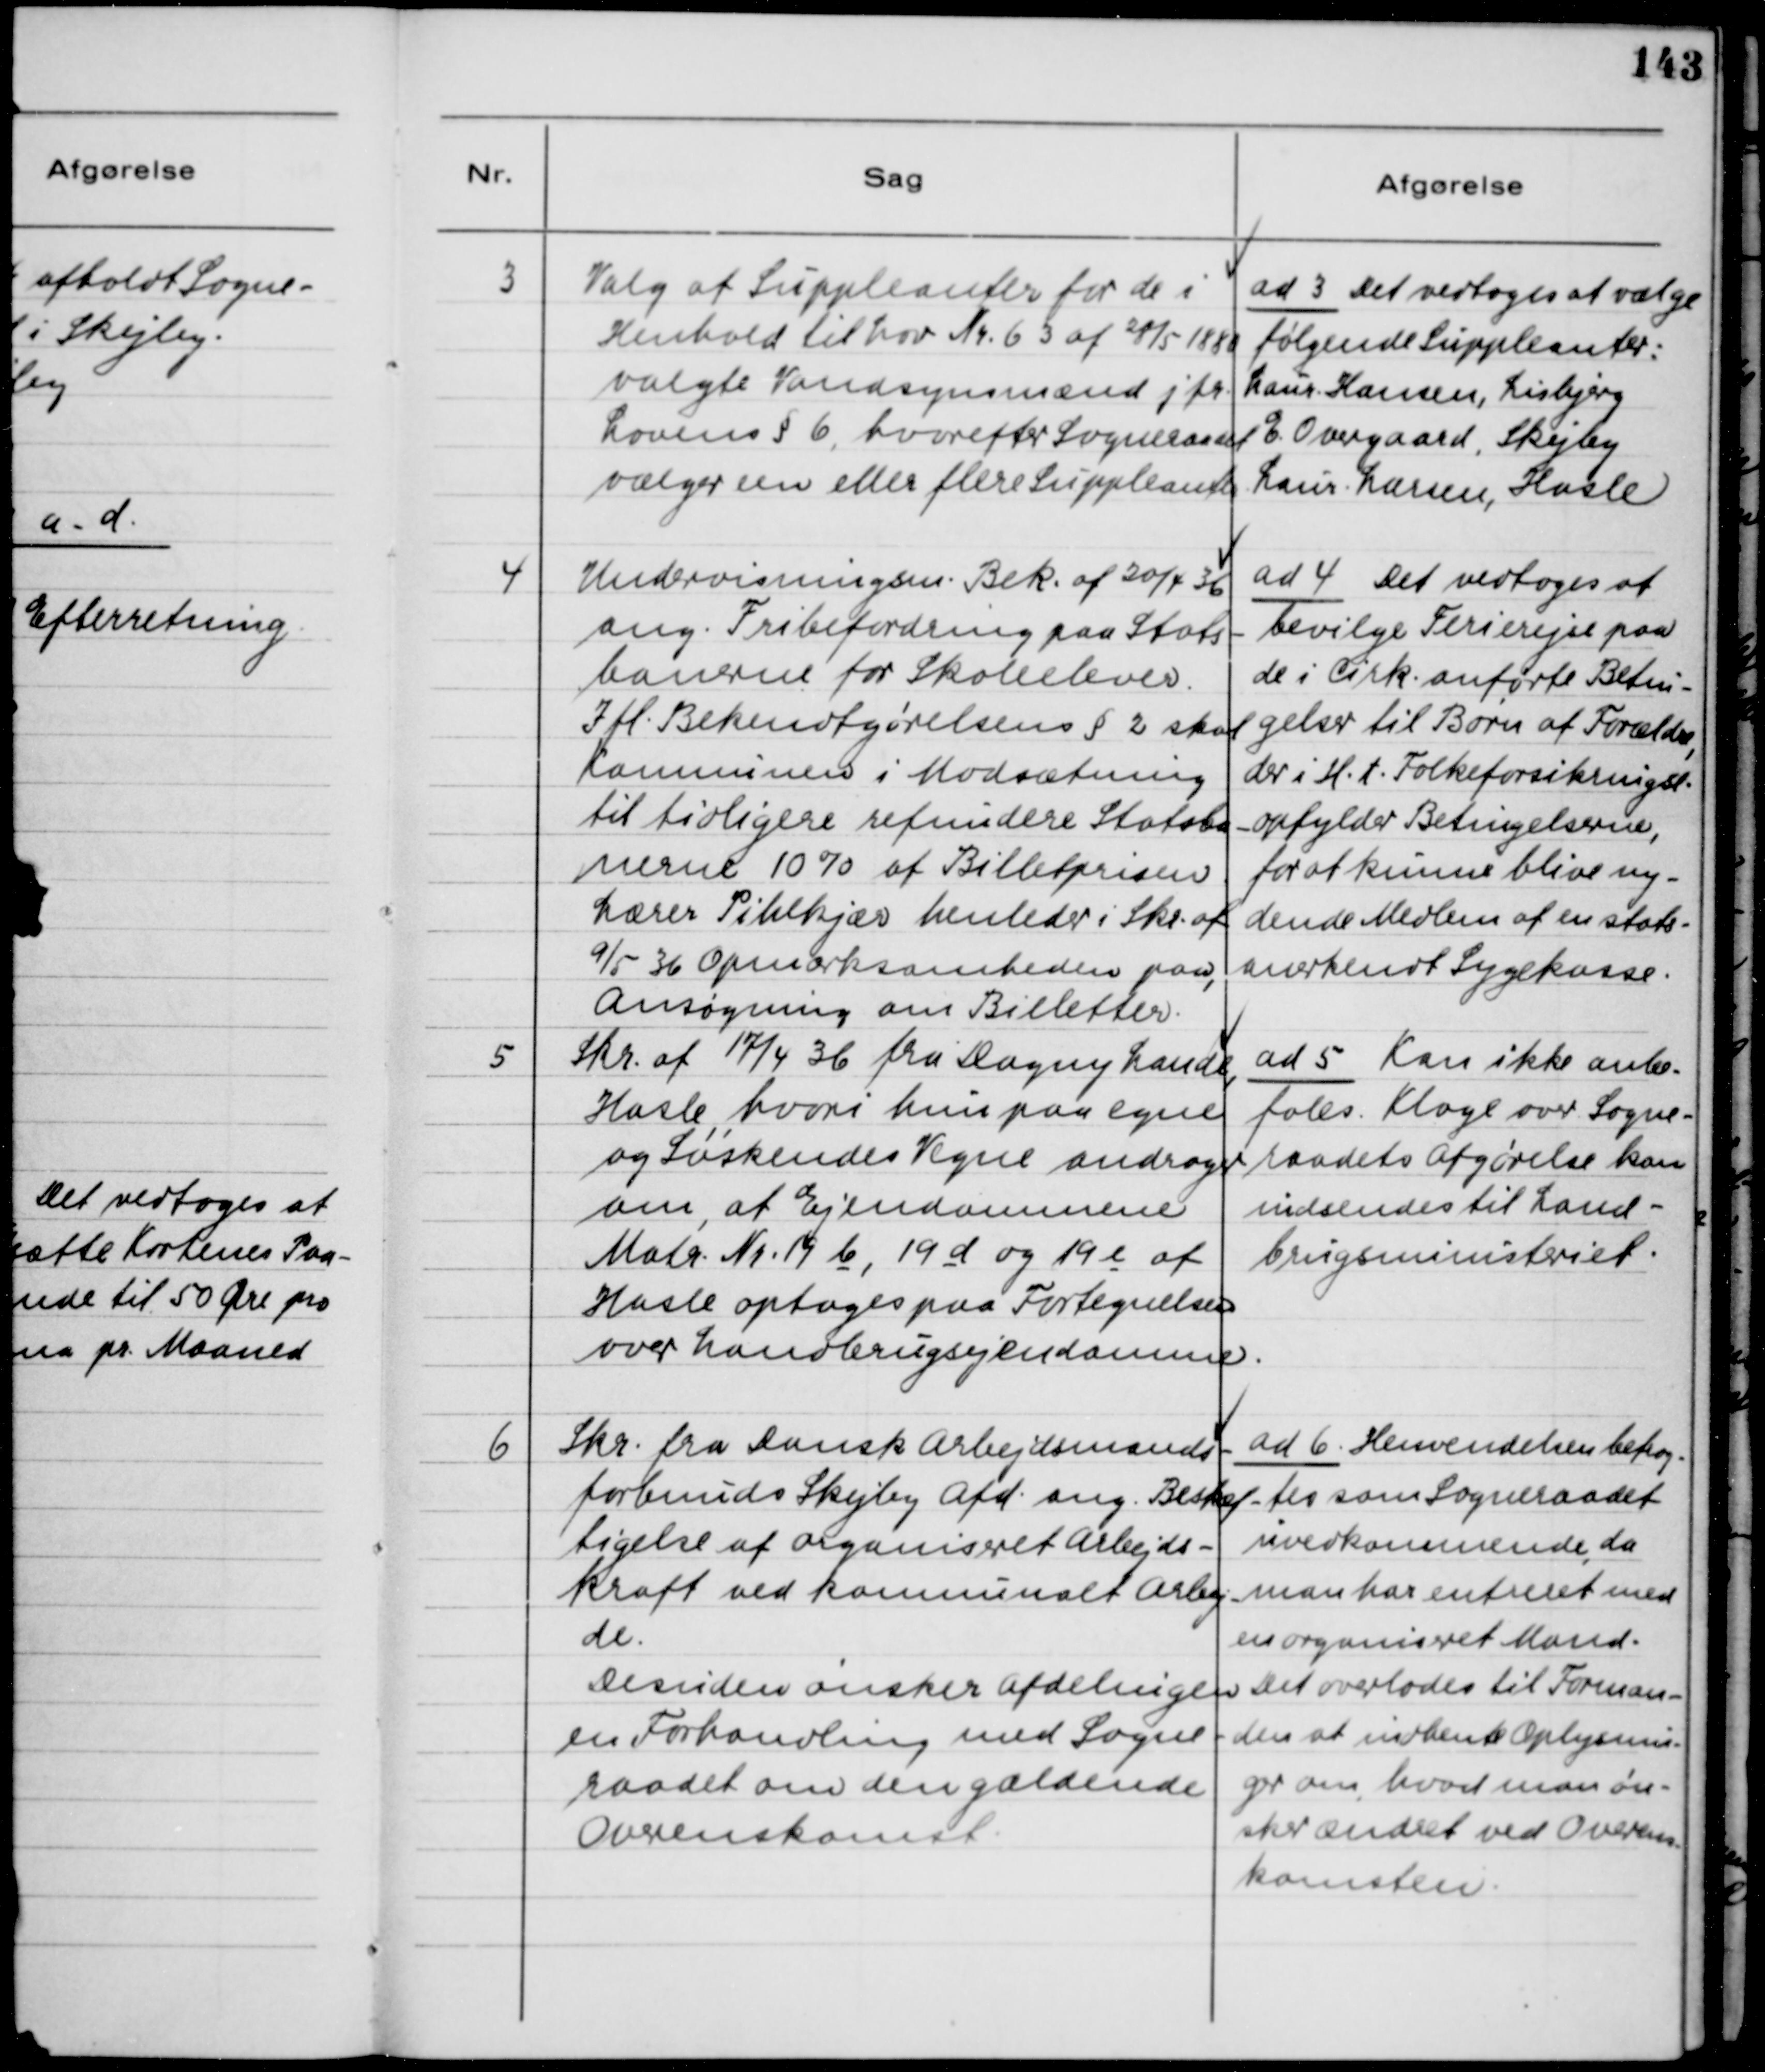
Transskription:
3
Valg af Suppleanter for de i
Henhold til Lov Nr. 6 3 af 28/5 1880
valgte Vandsynsmænd jfr.
Lovens §6, hvorefter Sogneraadet
vælger en eller flere Suppleanter.
ad 3 Det vedtoges at vælge
følgende Suppleanter:
Laur. Hansen, Lisbjerg
E. Overgaard, Skejby
Laur. Larsen, Hasle
4
Undervisningsm. Bek. af 20/4 36
ang. Fribefordring paa Stats-
banerne for Skoleelever.
I fl. Bekendtgørelsens § 2 skal
Kommunen i Modsætning
til tidligere refundere Statsba-
nerne 10% af Billetprisen
Lærer Pihlkjær henleder i Skr. af
9/5 36 Opmærksomheden paa,
Ansøgning om Billetter.
ad 4 Det vedtoges at
bevilge Ferierejse paa
de i Cirk. anførte Betin-
gelser til Børn af Forælder,
der i H.T. Folkeforsikringsl.
opfylder Betingelserne,
for at kunne blive ny-
dende Medlem af en Stats-
anerkendt Sygekasse.
5
Skr. af 17/4 36 fra Dagny Lande,
Hasle, hvori hun paa egne
og Søskendes Vegne andrager
om, af Ejendommene
Matr. Nr. 19 b, 19 d og 19 e af
Hasle optages paa Fortegnelsen
over Landbrugsejendomme.
ad 5 Kan ikke anbe-
fales. Klage over Sogne-
raadets Afgørelse kan
indsendes til Land-
brugsministeriet.
6
Skr. fra Dansk Arbejdsmands-
forbunds Skejby Afd. ang. Beskæf-
tigelse af organiseret Arbejds-
kraft ved kommunalt Arbej-
de.
Desuden ønsker Afdelingen
en Forhandling med Sogne-
raadet om den gældende
Overenskomst.
ad 6 Henvendelsen betrag-
tes som Sogneraadet
uvedkommende, da
man har entreret med
en organiseret Mand.
Det overlades til Forman-
den at indhente Oplysnin-
ger om, hvad man øn-
sker ændret ved Overens-
komsten.